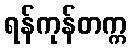
ရန်ကုန်တက္က